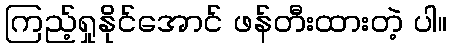
ကြည့်ရှုနိုင်အောင် ဖန်တီးထားတဲ့ ပါ။